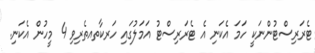
ޓެރަރިސްޓުންނަކީ ހަމަ އެކަނި އެ ޓެރަރިސްޓު އަމަލުގައި ހަރކާތއތެރިވި 4 މީހުން އެކަނި.